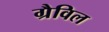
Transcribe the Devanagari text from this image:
ग्रैविल